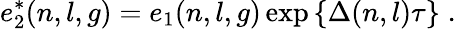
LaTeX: e_{2}^{*}(n,l,g)=e_{1}(n,l,g)\exp\left\{ \Delta(n,l)\tau\right\} \; .